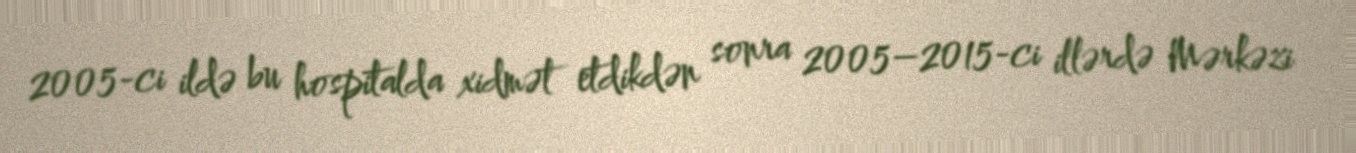
2005-ci ildə bu hospitalda xidmət etdikdən sonra 2005–2015-ci illərdə Mərkəzi